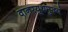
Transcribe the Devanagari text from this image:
वानरयूथमुख्यं